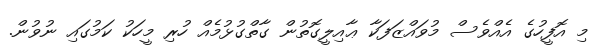
މި އޮފީހުގެ އެއްވެސް މުވައްޒަފަކާ ޢާއިލީގޮތުން ގާތްގުޅުމެއް ހުރި މީހަކު ކަމުގައި ނުވުން.